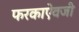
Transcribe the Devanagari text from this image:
फरकाऐवजी